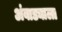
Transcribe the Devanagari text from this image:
अंबाड्याला